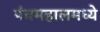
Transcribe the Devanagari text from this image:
पंचमहालमध्ये